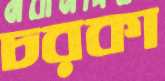
চরকা